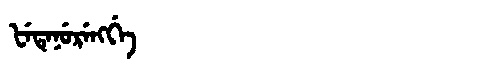
Manchu: ᡶᡝᡨᡝᠨᡠᡵᡝᠩᡤᡝ
Romanization: FETENURENGGE